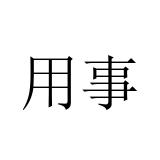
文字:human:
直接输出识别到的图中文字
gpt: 用事